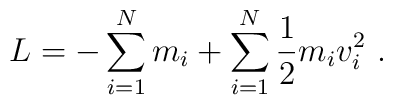
{L=-\sum_{i=1}^N m_i + \sum_{i=1}^N {1\over 2}m_i v_i^2\ .}